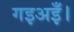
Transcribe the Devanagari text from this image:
गइअइँ।